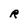
Character: R